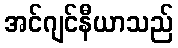
အင်ဂျင်နီယာသည်